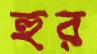
হুর